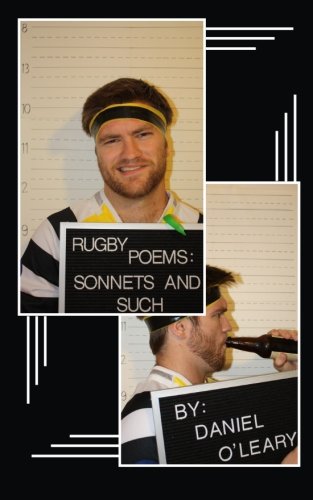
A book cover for Rugby Poems: Sonnets and Such; Daniel O'Leary; Sports & Outdoors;